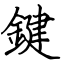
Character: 鍵